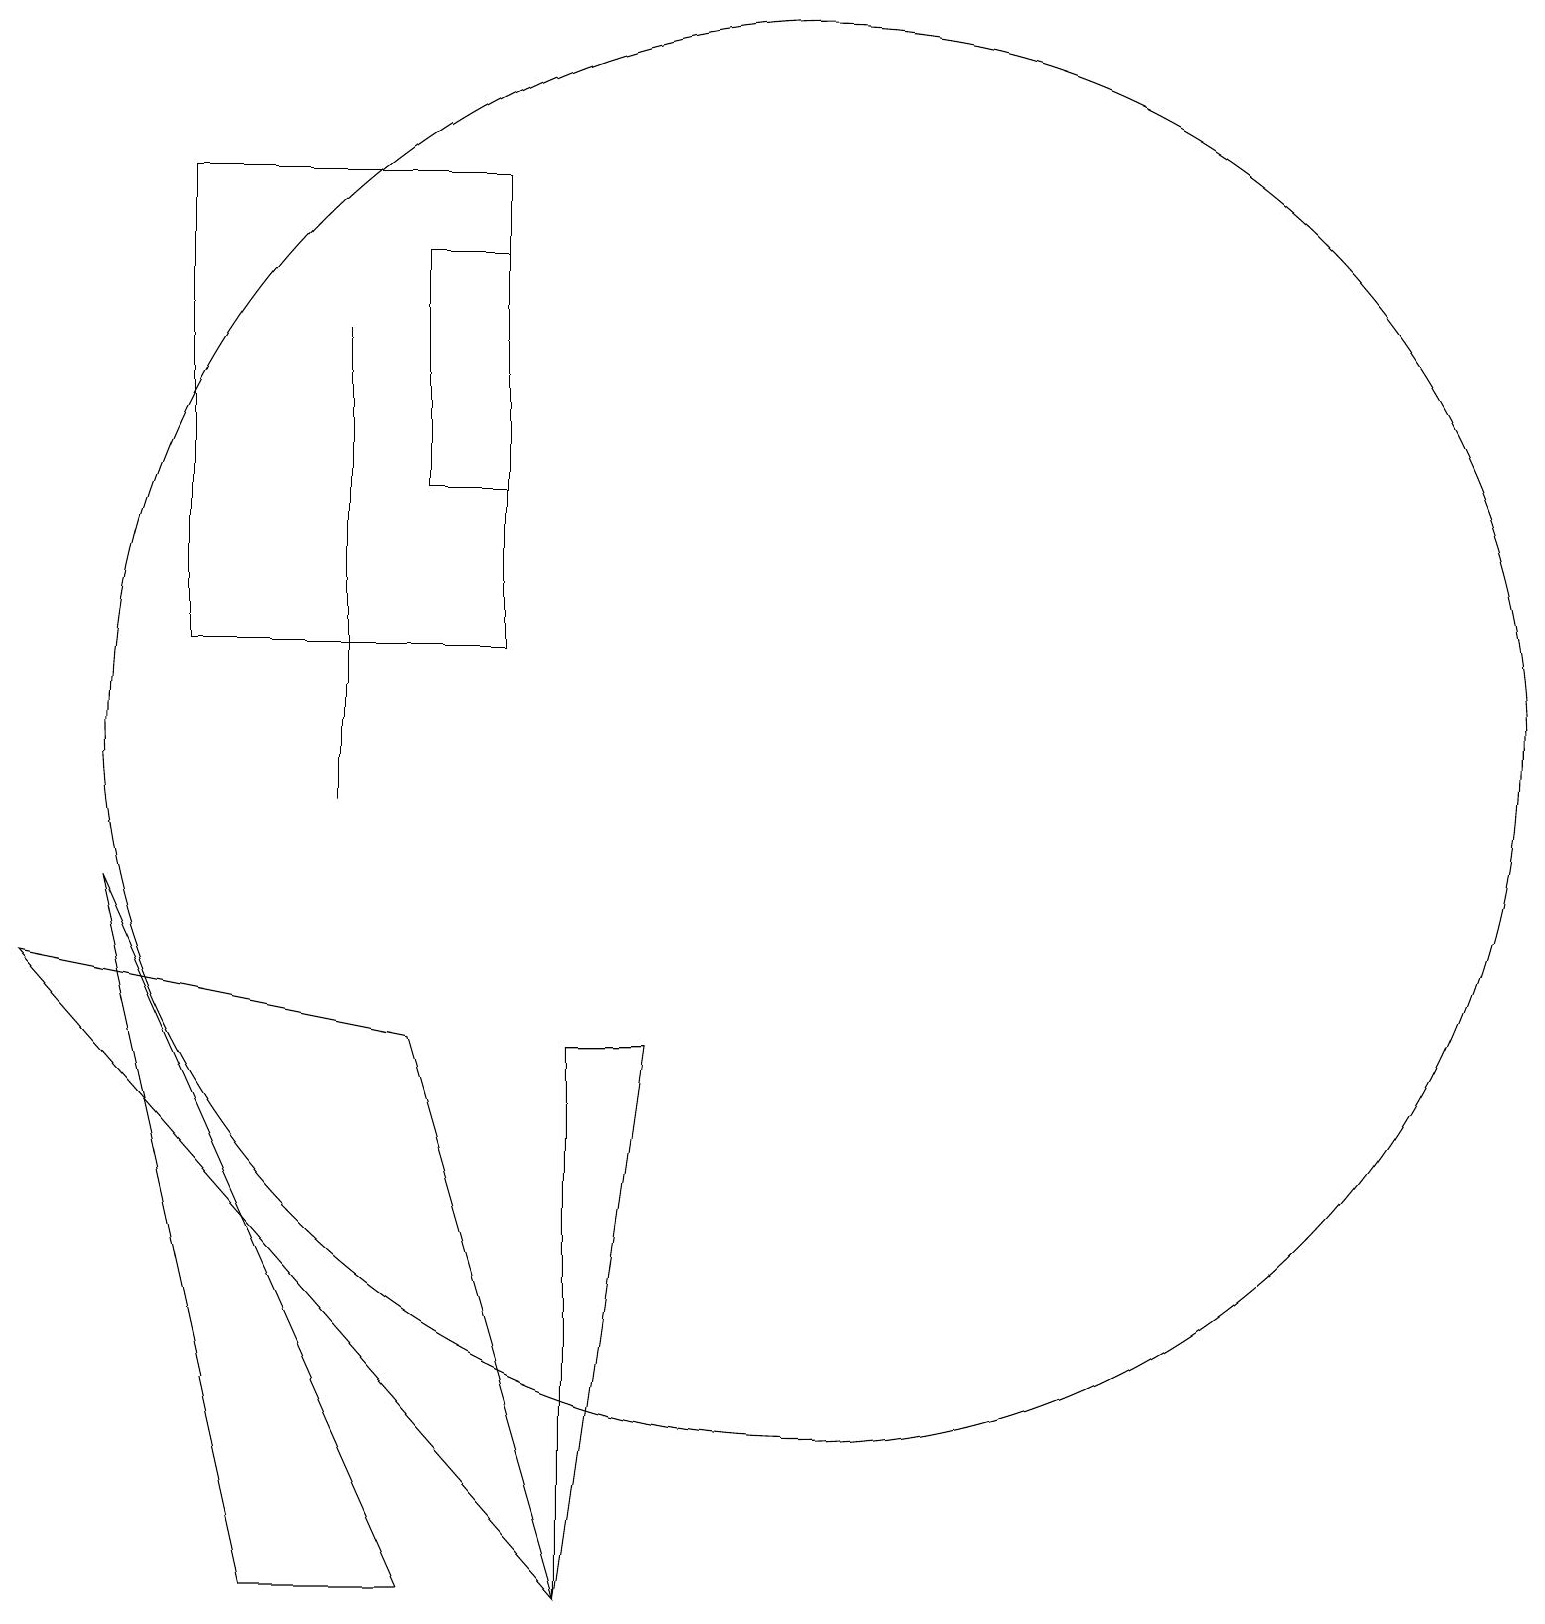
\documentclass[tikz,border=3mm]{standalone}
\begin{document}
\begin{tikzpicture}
\draw (6,0) -- (4,0) -- (2,9) -- cycle;
\draw (5,10) rectangle (5,16);
\draw (7,18) rectangle (3,12);
\draw (6,7) -- (1,8) -- (8,0) -- cycle;
\draw (6,14) rectangle (7,17);
\draw (11,11) circle (9);
\draw (8,0) -- (9,7) -- (8,7) -- cycle;
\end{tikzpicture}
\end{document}